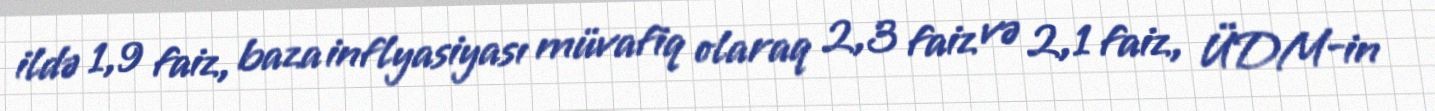
ildə 1,9 faiz, baza inflyasiyası müvafiq olaraq 2,3 faiz və 2,1 faiz, ÜDM-in